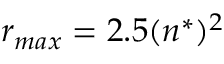
r _ { m a x } = 2 . 5 ( n ^ { * } ) ^ { 2 }